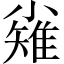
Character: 𪨅